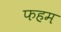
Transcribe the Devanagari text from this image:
फहम